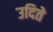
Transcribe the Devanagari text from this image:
उदिते